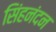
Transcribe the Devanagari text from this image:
सिंहनंदन